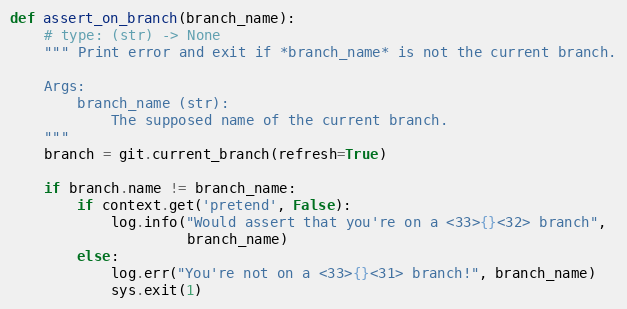
Language: Python
def assert_on_branch(branch_name):
    # type: (str) -> None
    """ Print error and exit if *branch_name* is not the current branch.

    Args:
        branch_name (str):
            The supposed name of the current branch.
    """
    branch = git.current_branch(refresh=True)

    if branch.name != branch_name:
        if context.get('pretend', False):
            log.info("Would assert that you're on a <33>{}<32> branch",
                     branch_name)
        else:
            log.err("You're not on a <33>{}<31> branch!", branch_name)
            sys.exit(1)